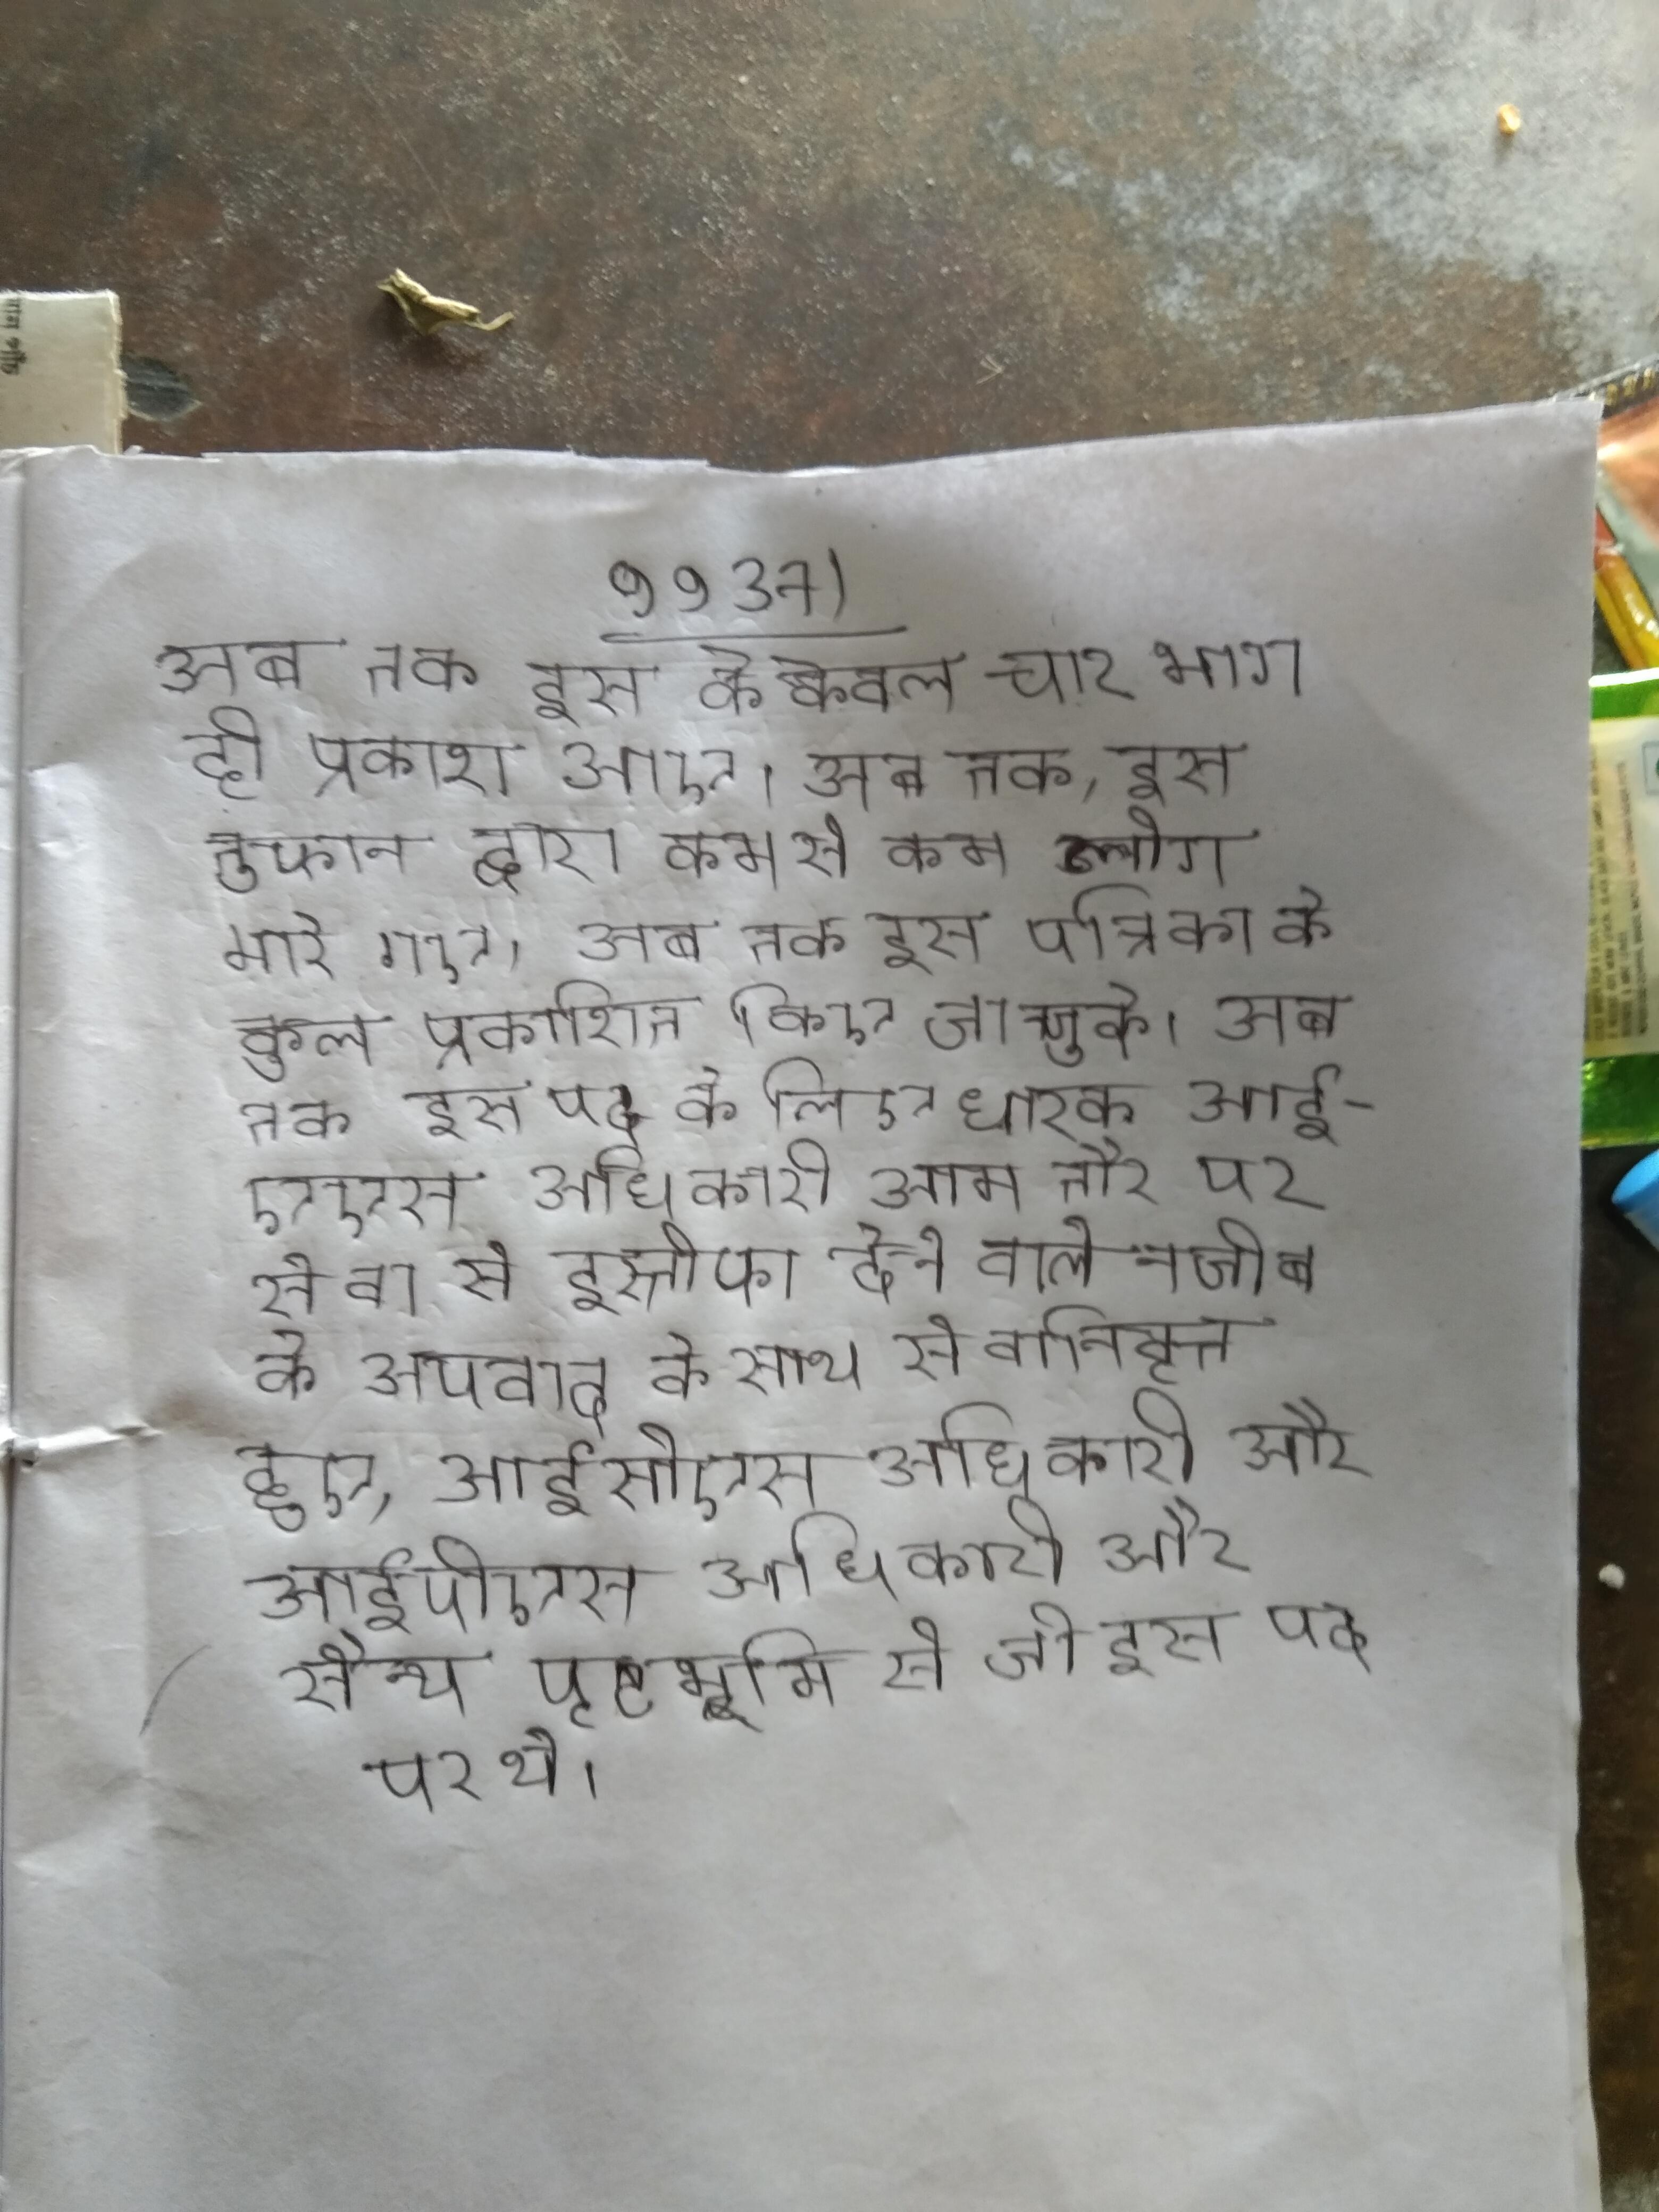
अब तक इस के केवल चार भाग ही प्रकाश आए । अब तक, इस तुफान द्वारा कम से कम लोग मारे गए । अब तक इस पत्रिका के कुल प्रकाशित किए जा चुके । अब तक इस पद के लिए धारक आईएएस अधिकारी आम तौर पर सेवा से इस्तीफा देने वाले नजीब के अपवाद के साथ सेवानिवृत्त हुए, आईसीएस अधिकारी और आईपीएस अधिकारी और सैन्य पृष्ठभूमि से जो इस पद पर थे ।